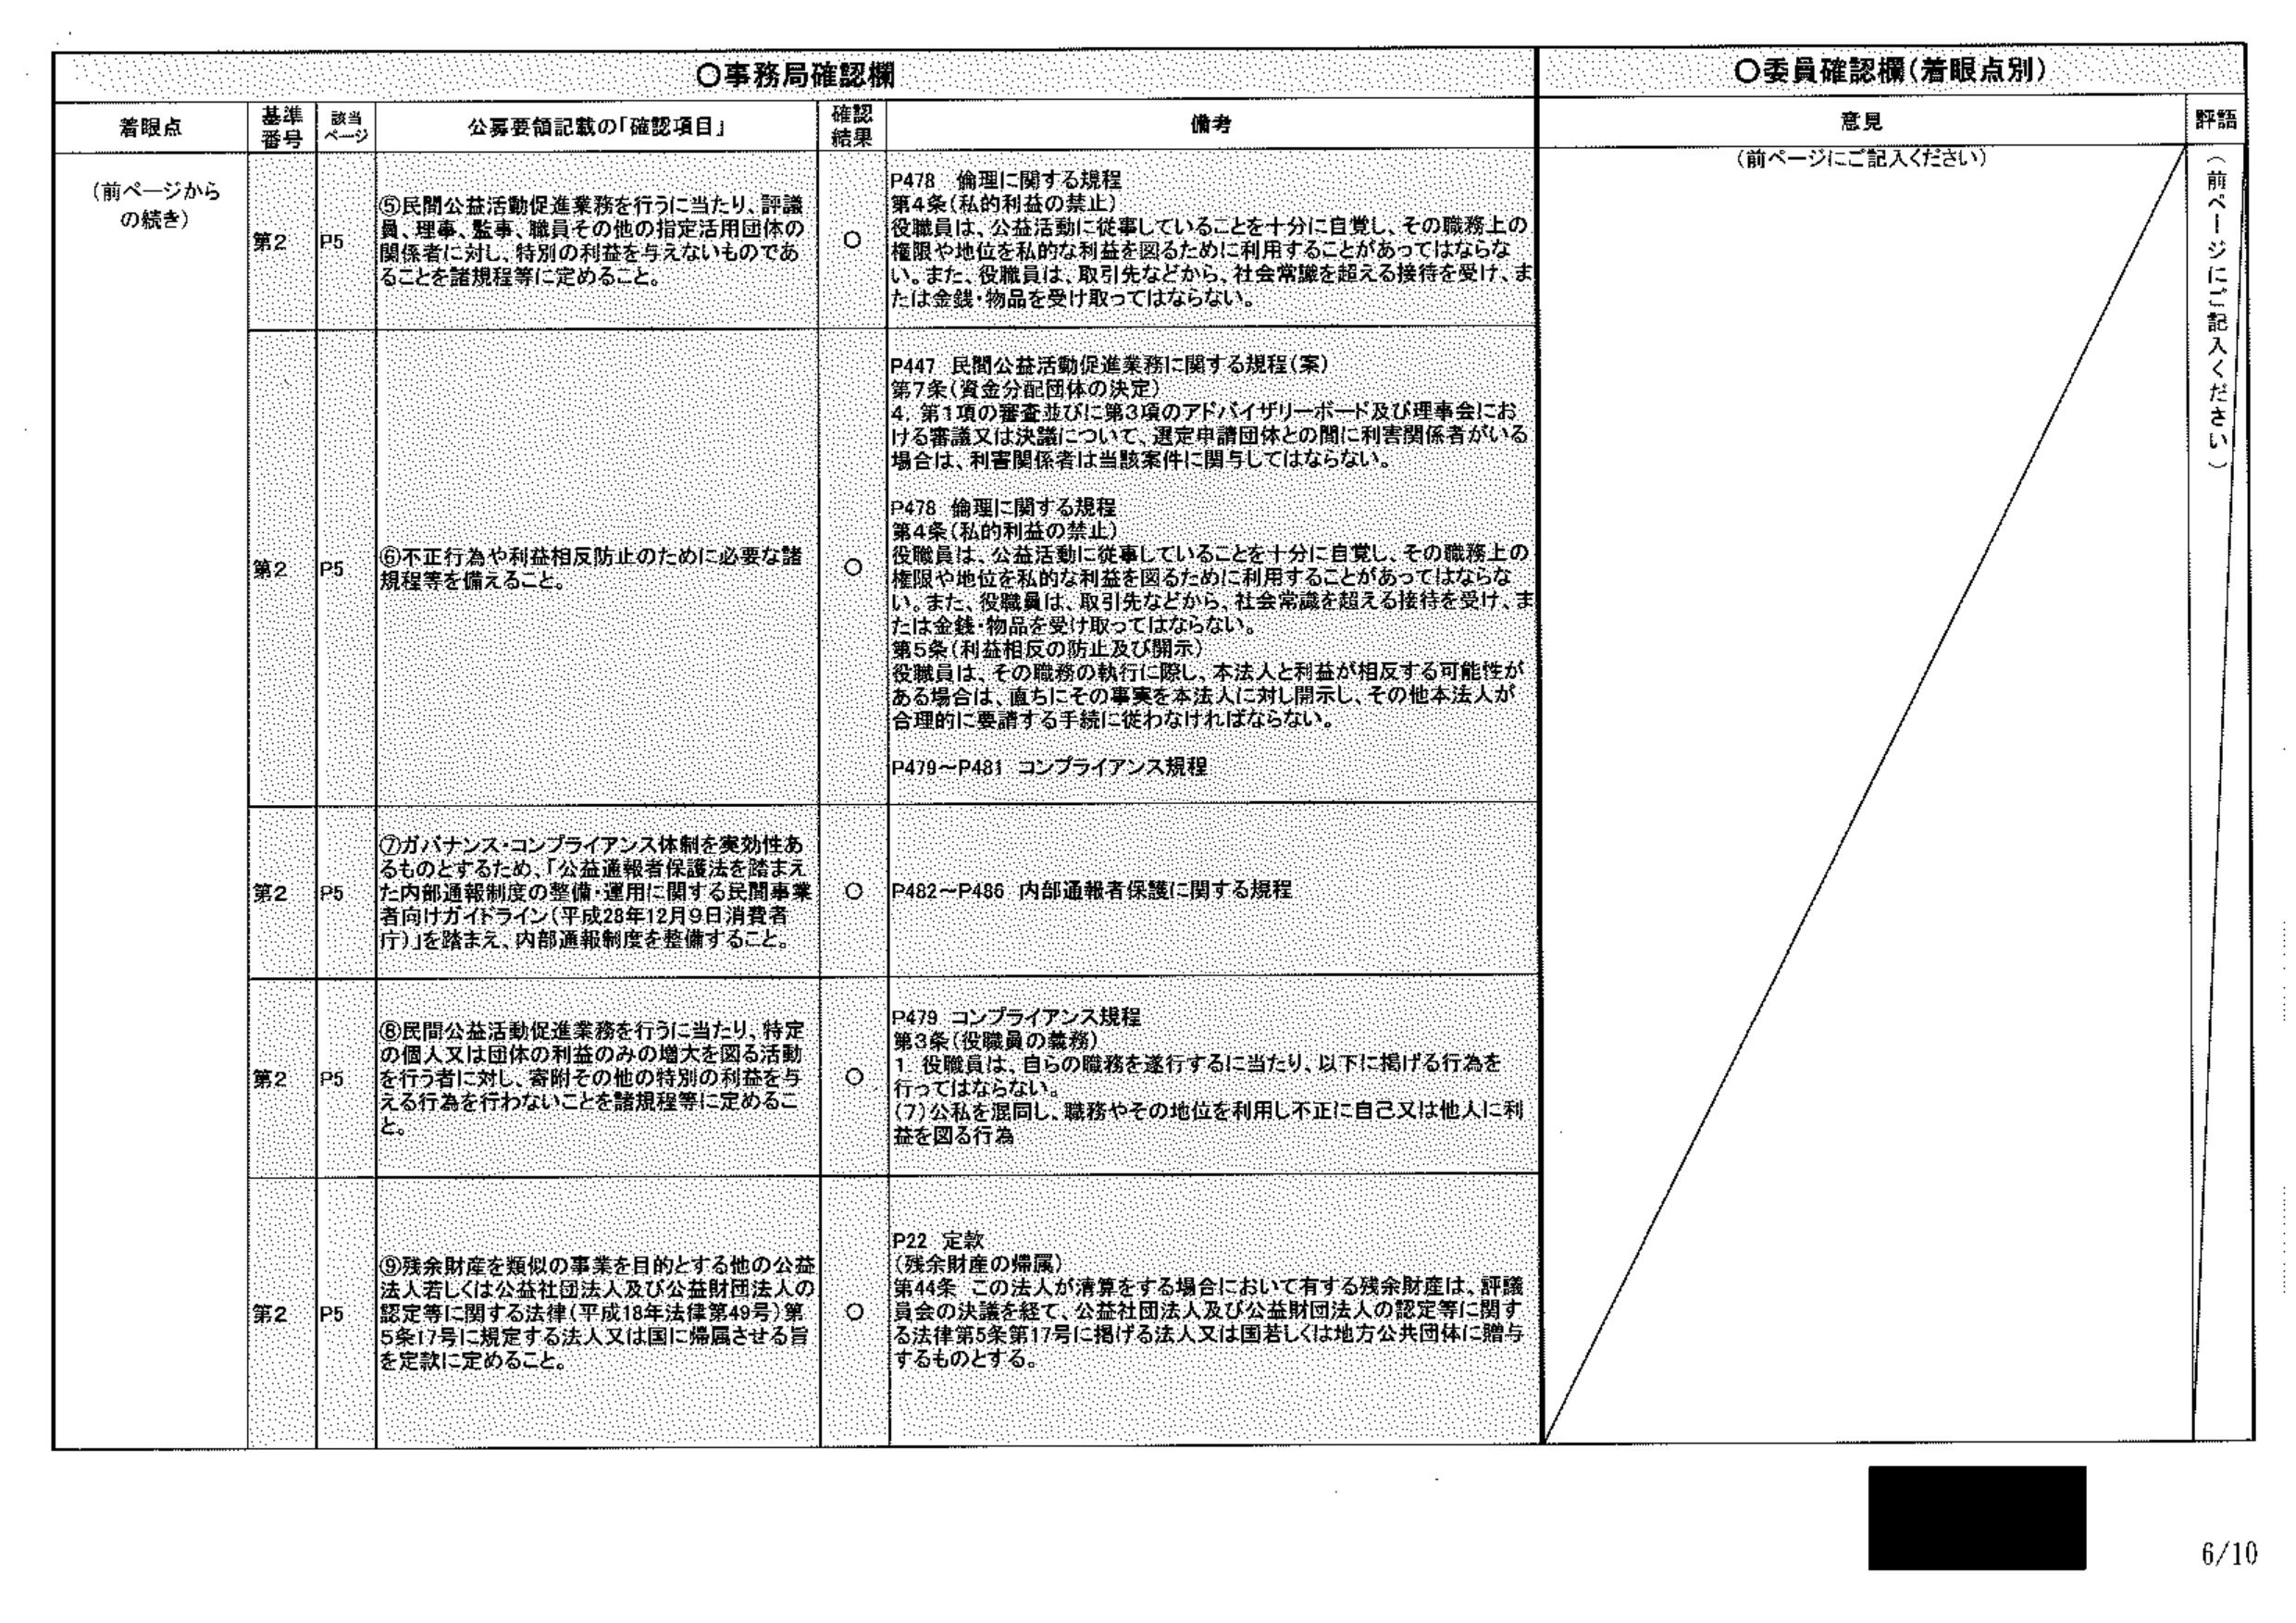
○事務局確認欄
○委員確認欄（着眼点別）

着眼点　　基準番号　　該当ページ　　公募要領記載の「確認項目」　　確認結果　　備考　　意見　　評語
（前ページからの続き）　　第2　　P5　　⑤民間公益活動促進業務を行うに当たり、評議員、理事、監事、職員その他の指定活用団体の関係者に対し、特別の利益を与えないものであることを諸規程等に定めること。　　○　　P478 倫理に関する規程
第4条（私的利害の禁止）
役職員は、公益活動に従事していることを十分に自覚し、その職務上の権限や地位を私的な利益を図るために利用することがあってはならない。また、役職員は、取引先などから、社会常識を超える接待を受け、または金銭・物品を受け取ってはならない。　　（前ページにご記入ください）　　（前ページにご記入ください）

第2　　P5　　⑥不正行為や利益相反防止のために必要な諸規程等を備えること。　　○　　P447 民間公益活動促進業務に関する規程（案）
第7条（資金分配団体の決定）
4. 第1項の審査並びに第3項のアドバイザリーボード及び理事会における審議又は決議について、選定申請団体との間に利害関係者がいる場合は、利害関係者は当該案件に関与してはならない。

P478 倫理に関する規程
第4条（私的利害の禁止）
役職員は、公益活動に従事していることを十分に自覚し、その職務上の権限や地位を私的な利益を図るために利用することがあってはならない。また、役職員は、取引先などから、社会常識を超える接待を受け、または金銭・物品を受け取ってはならない。

第5条（利益相反の防止及び開示）
役職員は、その職務の執行に際し、本法人と利益が相反する可能性がある場合は、直ちにその事実を本法人に対し開示し、その他本法人が合理的に要請する手続に従わなければならない。

P479～P481 コンプライアンス規程

第2　　P5　　⑦ガバナンス・コンプライアンス体制を実効性あるものとするため、「公益通報者保護法を踏まえた内部通報制度の整備・運用に関する民間事業者向けガイドライン（平成28年12月9日消費者庁）」を踏まえ、内部通報制度を整備すること。　　○　　P482～P486 内部通報者保護に関する規程

第2　　P5　　⑧民間公益活動促進業務を行うに当たり、特定の個人又は団体の利益のみの増大を図る活動を行う者に対し、寄附その他の特別の利益を与える行為を行わないことを諸規程等に定めること。　　○　　P479 コンプライアンス規程
第3条（役職員の義務）
1. 役職員は、自らの職務を遂行するに当たり、以下に掲げる行為を行ってはならない。
（7）公私を混同し、職務やその地位を利用し不正に自己又は他人に利益を図る行為

第2　　P5　　⑨残余財産を類似の事業を目的とする他の公益法人若しくは公益社団法人及び公益財団法人の認定等に関する法律（平成18年法律第49号）第5条17号に規定する法人又は国に帰属させる旨を定款に定めること。　　○　　P22 定款
（残余財産の帰属）
第44条 この法人が清算をする場合において有する残余財産は、評議員会の決議を経て、公益社団法人及び公益財団法人の認定等に関する法律第5条第17号に掲げる法人又は国若しくは地方公共団体に贈与するものとする。

6/10